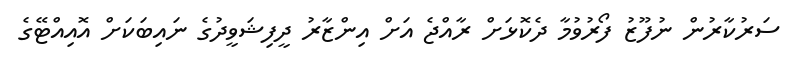
ސަރުކާރުން ނުފޫޒު ފޯރުވުމާ ދެކޮޅަށް ރާއްޖެ އަށް އިންޒާރު ދީފިޝަވީދުގެ ނައިބަކަށް އޮއިއްޓޭގެ